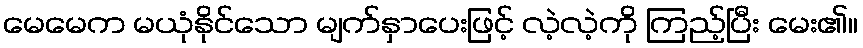
မေမေက မယုံနိုင်သော မျက်နှာပေးဖြင့် လဲ့လဲ့ကို ကြည့်ပြီး မေး၏။